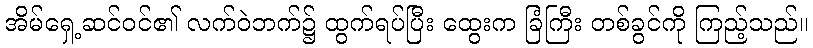
အိမ်ရှေ့ဆင်ဝင်၏ လက်ဝဲဘက်၌ ထွက်ရပ်ပြီး ထွေးက ခြံကြီး တစ်ခွင်ကို ကြည့်သည်။